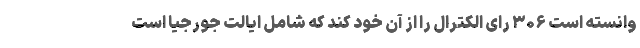
وانسته است ۳۰۶ رای الکترال را از آن خود کند که شامل ایالت جورجیا است